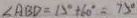
\angle A B D = 1 5 ^ { \circ } + 6 0 ^ { \circ } = 7 5 ^ { \circ }